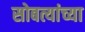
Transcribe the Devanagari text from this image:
सोबत्यांच्या